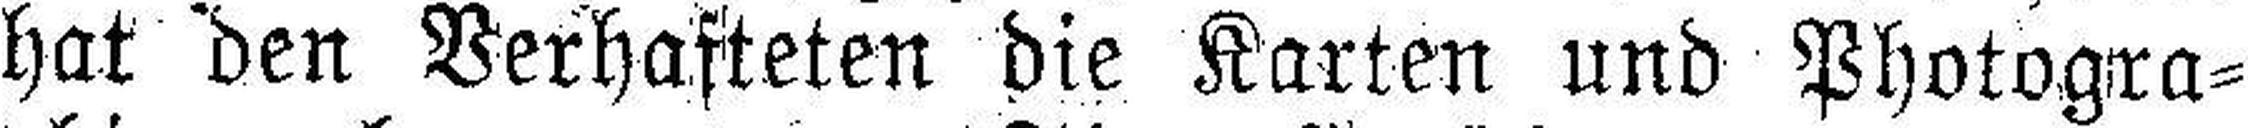
hat den Verhafteten die Karten und Photogra¬